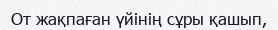
От жақпаған үйінің сұры қашып,